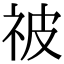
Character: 𬒳